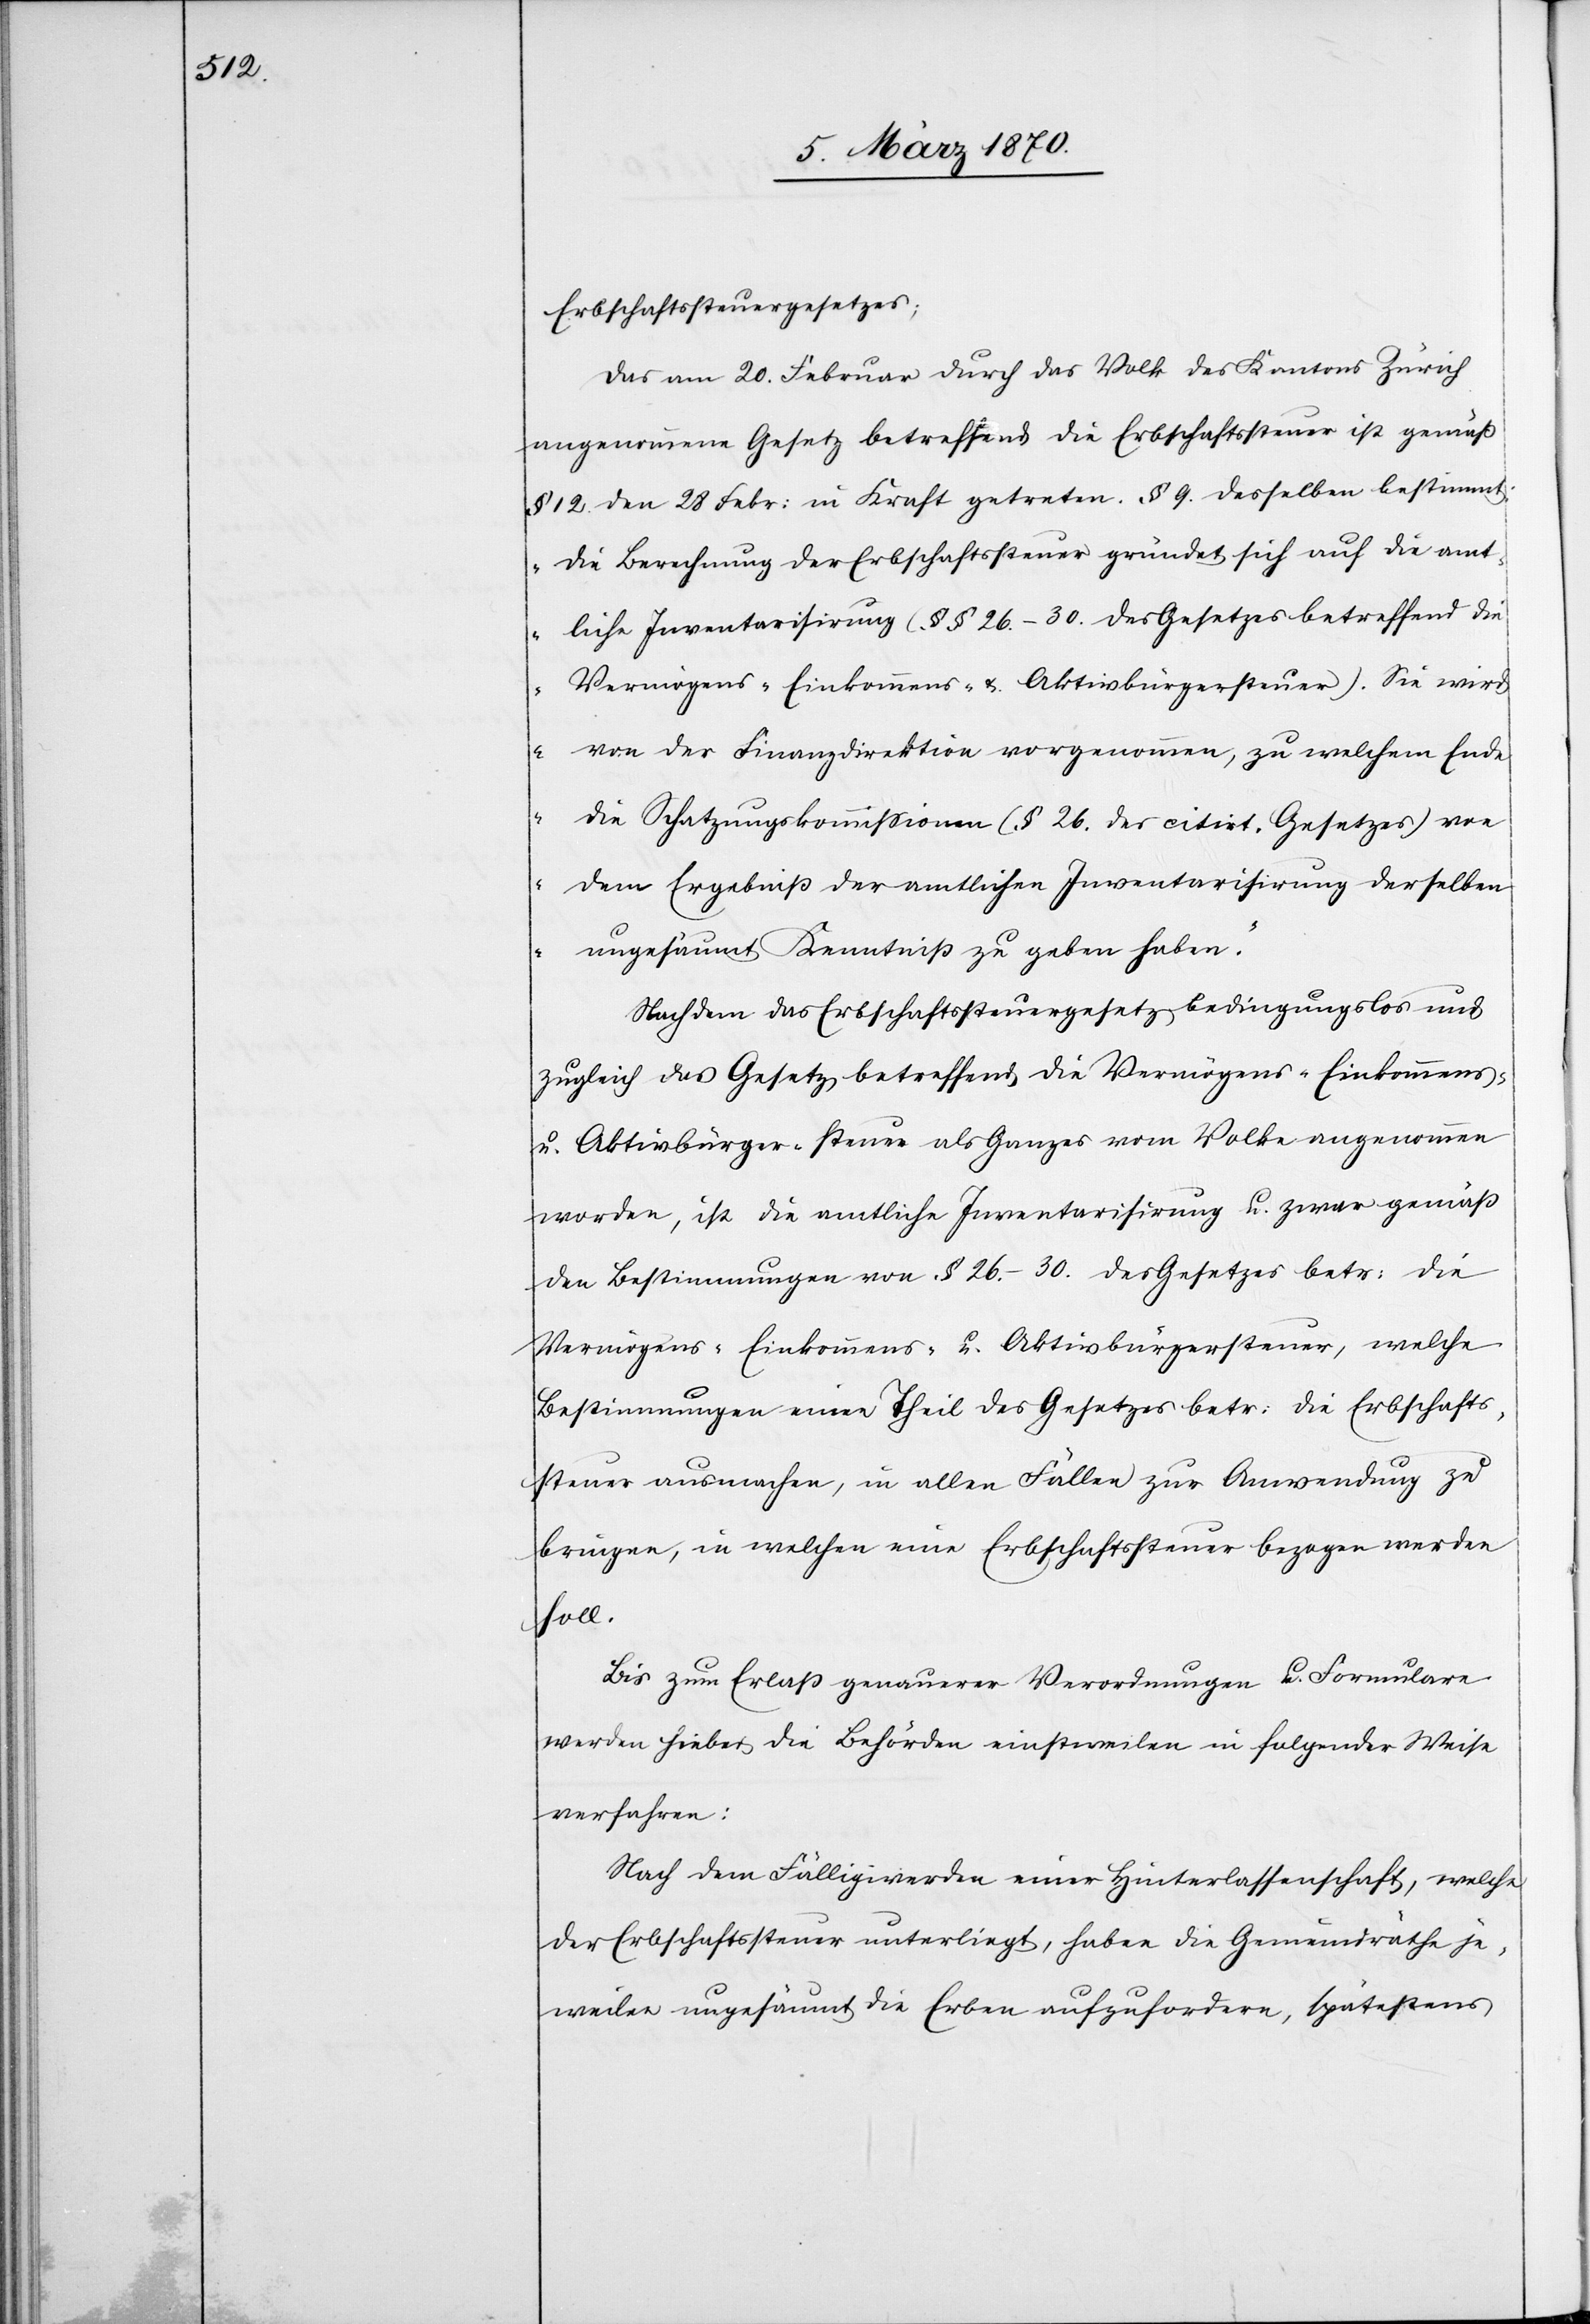
Erbschaftssteuergesetzes;
Das am 20. Februar durch das Volk des Kantons Zürich
angenommene Gesetz betreffend die Erbschaftssteuer ist gemäß
§ 12. den 28 Febr: in Kraft getreten. § 9. desselben bestimmt:
„Die Berechnung der Erbschaftssteuer gründet sich auf die amt¬
liche Inventarisirung (§§ 26.–30. des Gesetzes betreffend die
Vermögens- Einkommens- u. Aktivbürgersteuer). Sie wir¬
d von der Finanzdirektion vorgenommen, zu welchem Ende
die Schatzungskommissionen (§ 26. des citirt. Gesetzes) von
dem Ergebniß der amtlichen Inventarisirung derselben
ungesäumt Kenntniß zu geben haben.“
Nachdem das Erbschaftssteuergesetz bedingungslos und
zugleich das Gesetz betreffend die Vermögens- Einkommens-
u. Aktivbürger-steuer als Ganzes vom Volke angenommen
worden, ist die amtliche Inventarisirung u. zwar gemäß
den Bestimmungen von § 26.–30. des Gesetzes betr: die
Vermögens- Einkommens- u. Aktivbürgersteuer, welche
Bestimmungen einen Theil des Gesetzes betr: die Erbschafts¬
steuer ausmachen, in allen Fällen zur Anwendung zu
bringen, in welchen eine Erbschaftssteuer bezogen werden
soll.
Bis zum Erlaß genauerer Verordnungen u. Formulare
werden hiebei die Behörden einstweilen in folgender Weise
verfahren:
Nach dem Fälligwerden einer Hinterlassenschaft, welche
der Erbschaftssteuer unterliegt, haben die Gemeindräthe je¬
weilen ungesäumt die Erben aufzufordern, spätestens